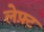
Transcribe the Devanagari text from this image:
लेफ़्ट